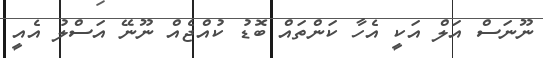
ނޫނަސް އަލް އަކީ އެހާ ކަންތައް ބޮޑު ކުއްޖެއް ނޫނޭ އަސްލު އެއީ